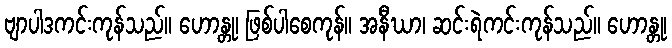
ဗျာပါဒကင်းကုန်သည်။ ဟောန္တု၊ ဖြစ်ပါစေကုန်။ အနီဃာ၊ ဆင်းရဲကင်းကုန်သည်။ ဟောန္တု၊